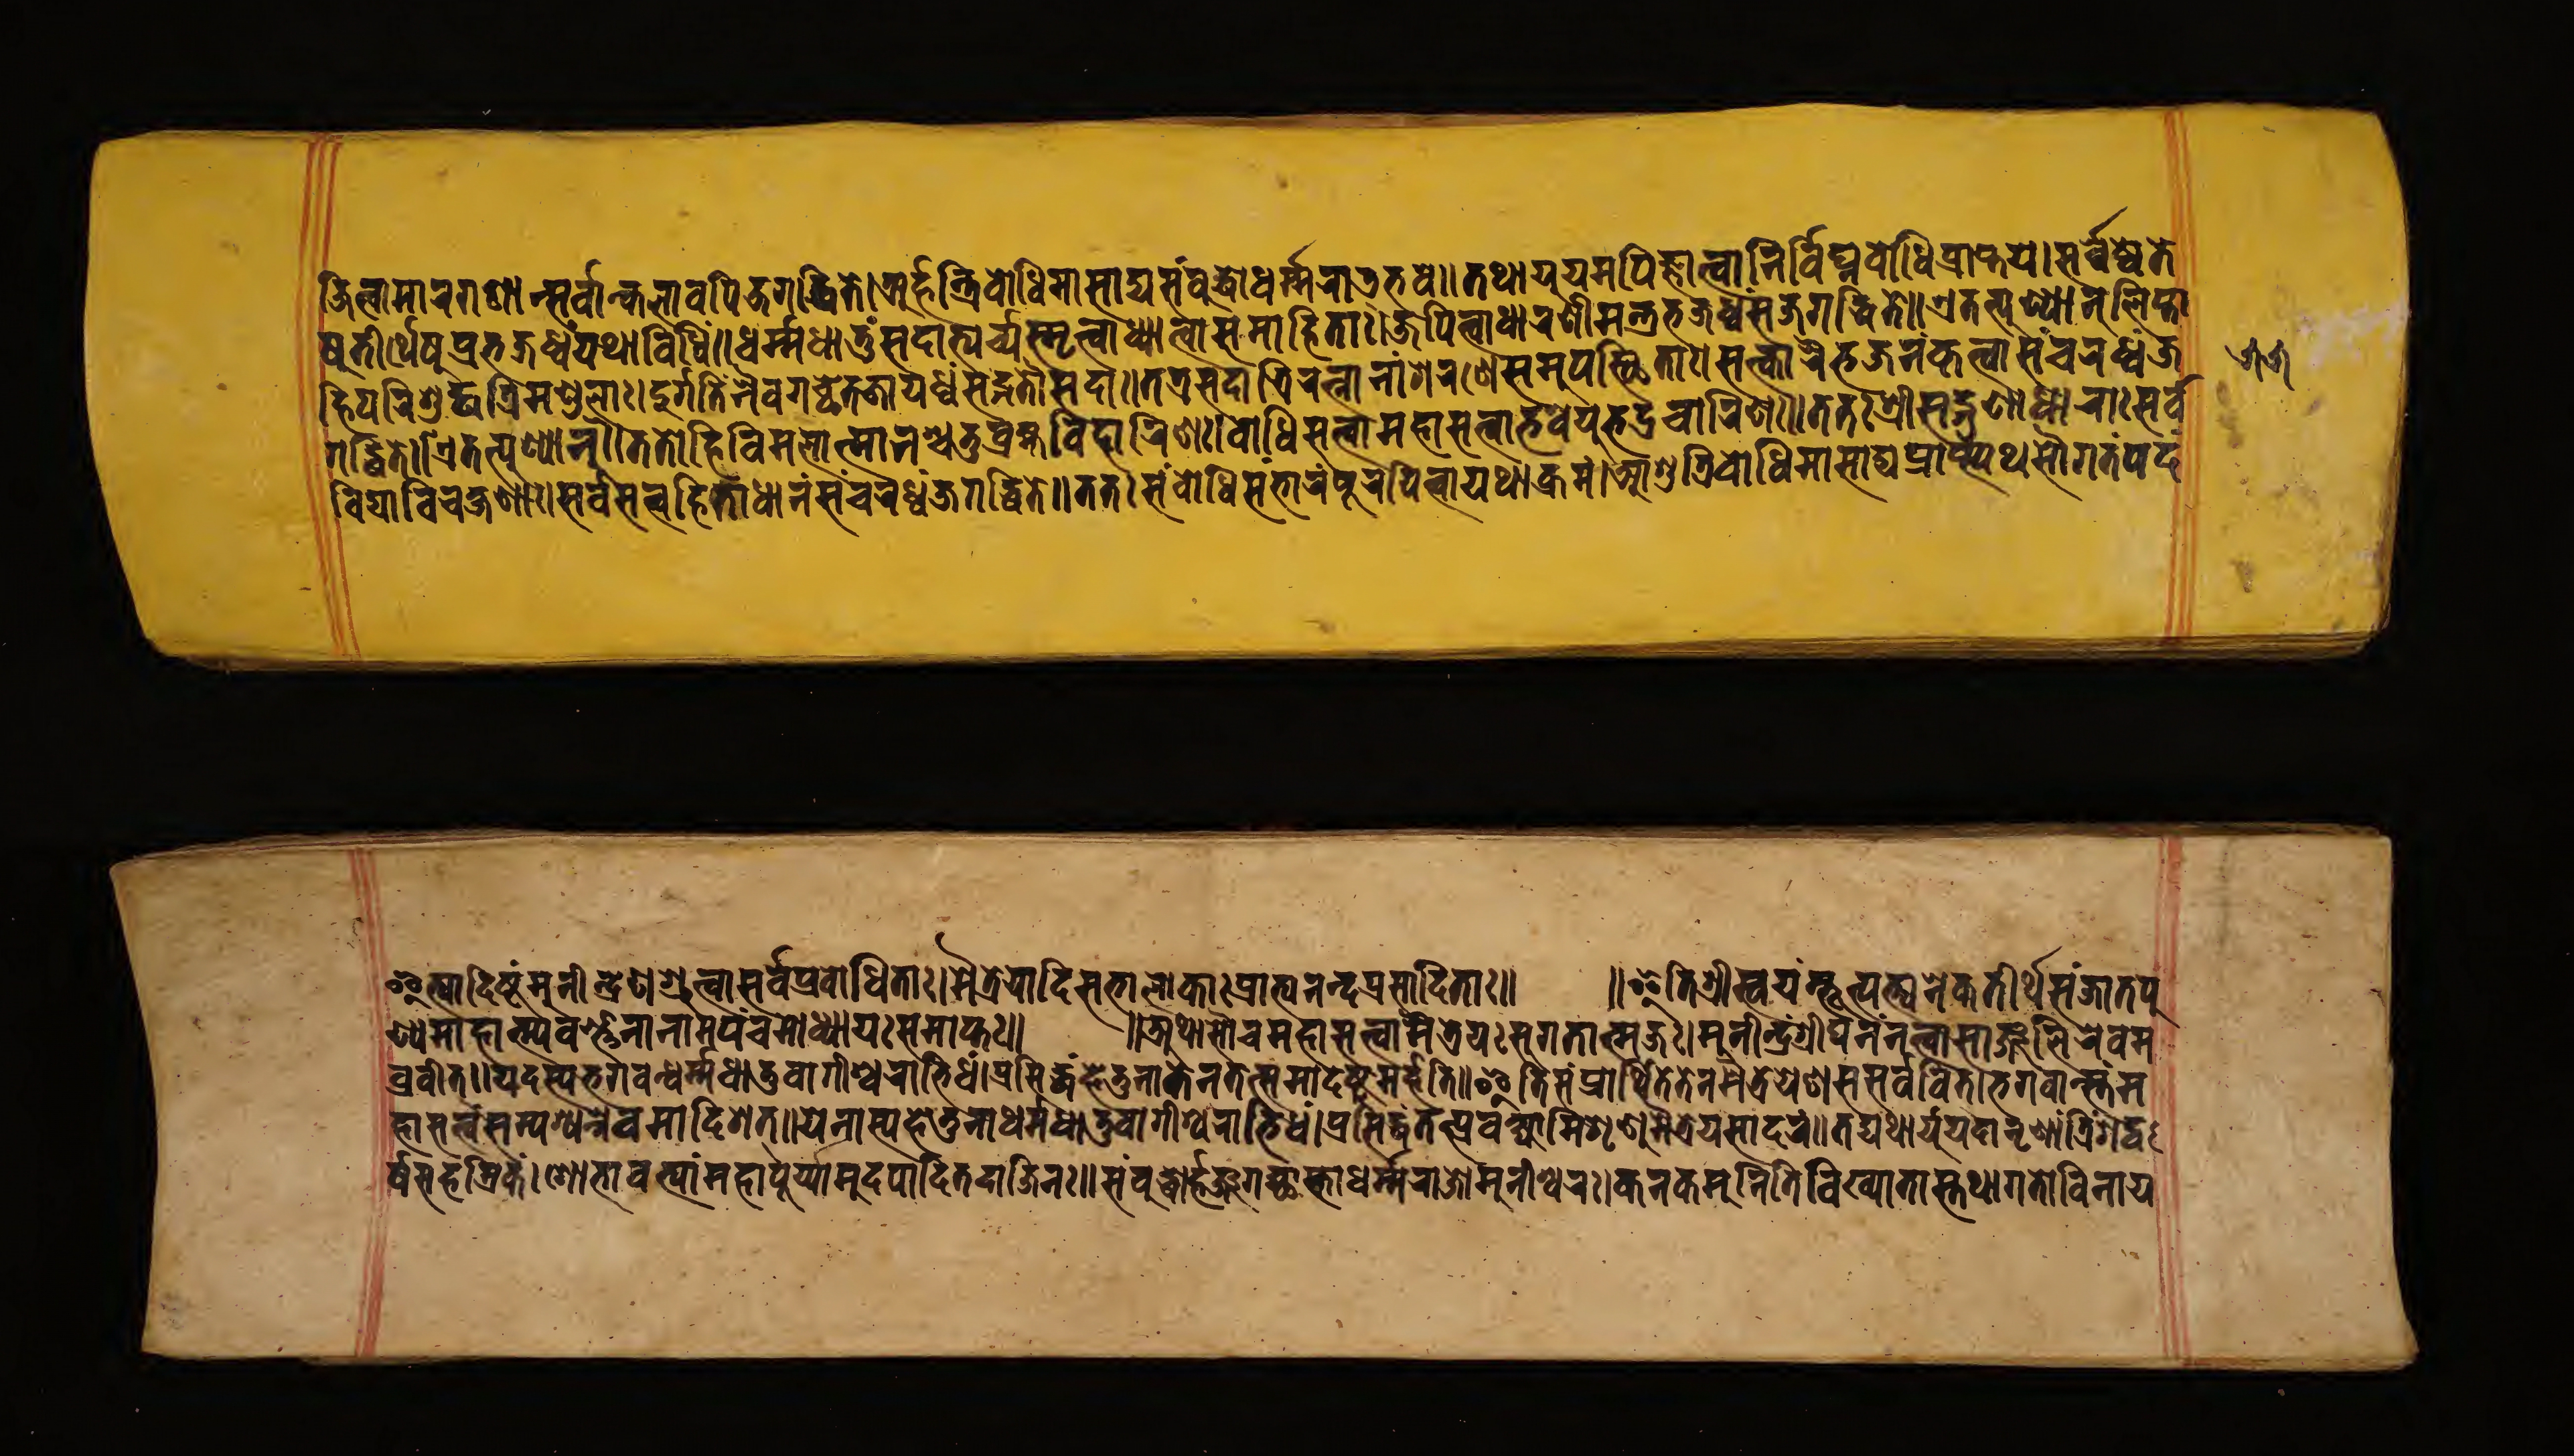
𑐖𑐶𑐟𑑂𑐰𑐵𑐩𑐵𑐬𑐐𑐞𑐵𑐣𑑂𑐳𑐬𑑂𑐰𑐵𑐣𑑂𑐎𑐮𑐵𑐰𑐥𑐶𑐖𑐐𑐡𑑂𑐢𑐶𑐟𑐾।𑐟𑑂𑐬𑐰𑐶𑐢𑐧𑑀𑐢𑐶𑐩𑐵𑐳𑐵𑐡𑑂𑐫𑐳𑑄𑐧𑐸𑐡𑑂𑐢𑑀𑐢𑐬𑑂𑐩𑑂𑐩𑐬𑐵𑐟𑑂𑐨𑐸𑐰𑐾॥𑐠𑐸𑐫𑐩𑐥𑐶𑐖𑑂𑐘𑐵𑐟𑑂𑐰𑐵𑐣𑐶𑐰𑐶𑐑𑑂𑐣𑐧𑑀𑐢𑐶𑐥𑑂𑐬𑐵𑐥𑑂𑐟𑐫𑐾।𑐳𑐬𑑂𑐰𑐾𑐲𑐸𑐟𑐾 𑐲𑐸𑐟𑐷𑐬𑑂𑐠𑐾𑐲𑐸𑐥𑑂𑐬𑐰𑐢𑑂𑐰𑑄𑐫𑐠𑐵𑐰𑐶𑐢𑐶𑑅॥𑐢𑐬𑑂𑐩𑑂𑐩𑐢𑐵𑐟𑐸𑑄𑐳𑐡𑐵𑐨𑑂𑐫𑐬𑑂𑐔𑑂𑐫𑐳𑑂𑐩𑐺𑐟𑑂𑐰𑐵𑐢𑑂𑐫𑐵𑐟𑑂𑐰𑐵𑐳𑐩𑐵𑐴𑐶𑐟𑐵𑑅।𑐖𑐥𑐶𑐟𑑂𑐰𑐵𑐢𑐵𑐬𑐞𑐷𑐩𑐣𑑂𑐟𑑂𑐬𑑄𑐳𑑄𑐨𑐖𑐢𑑂𑐰𑑄𑐖𑐐𑐡𑑂𑐢𑐶𑐟𑐾॥𑐊𑐟𑐟𑑂𑐥𑐸𑐞𑑂𑐫𑐵𑐣𑑂𑐮𑐶𑐥𑑂𑐟𑐵 𑐴𑐶𑐥𑐬𑐶𑐱𑐸𑐡𑑂𑐢𑐟𑑂𑐬𑐶𑐩𑐞𑑂𑐜𑐮𑐵𑑅॥𑐡𑐸𑐬𑑂𑐐𑑂𑐐𑐟𑐶𑐣𑑂𑐣𑐿𑐰𑐐𑐕𑐾𑐟𑐖𑐵𑐫𑐢𑑂𑐰𑑄𑐳𑑄𑐡𑑂𑐐𑐟𑑁𑐳𑐡𑐵॥𑐟𑐟𑑂𑐬𑐳𑐡𑐵𑐟𑑂𑐬𑐶𑐬𑐟𑑂𑐣𑐵𑐣𑑀𑐱𑐬𑐞𑐾𑐳𑐩𑐸𑐥𑐳𑑂𑐠𑐶𑐟𑐵𑑅।𑐳𑐟𑑂𑐎𑐵𑐬𑐿𑐬𑑂𑐨𑐖𑐣𑐎𑐺𑐟𑑂𑐰𑐵𑐳𑑄𑐔𑐬𑐢𑑂𑐰𑑄𑐖 𑐐𑐡𑑂𑐢𑐶𑐟𑐾॥𑐟𑐾𑐲𑐵𑑄𑐴𑐶𑐰𑐶𑐩𑐮𑐵𑐟𑑂𑐩𑐵𑐣𑐱𑑂𑐔𑐟𑐸𑐬𑑂𑐧𑑂𑐬𑐴𑑂𑐩𑐰𑐶𑐴𑐵𑐬𑐶𑐞𑑅।𑐧𑑀𑐢𑐶𑐳𑐟𑑂𑐟𑑂𑐰𑐵𑐩𑐴𑐵𑐳𑐟𑑂𑐟𑑂𑐰𑐵𑐨𑐰𑐾𑐫𑐸𑐨𑐡𑑂𑐬𑐔𑐵𑐬𑐶𑐞𑑅॥𑐟𑐟𑑅𑐱𑑂𑐬𑐷𑐳𑐡𑑂𑐐𑐸𑐞𑐵𑐢𑐵𑐬𑐵𑑅𑐳𑐬𑑂𑐰 𑐰𑐶𑐡𑑂𑐫𑐵𑐰𑐶𑐔𑐎𑑂𑐲𑐞𑐵𑑅।𑐳𑐬𑑂𑐰𑐳𑐟𑑂𑐟𑑂𑐰𑐵𑐴𑐶𑐟𑐵𑐢𑐵𑐣𑑄𑐳𑑄𑐔𑐬𑐢𑑂𑐰𑐖𑐐𑐡𑑂𑐢𑐶𑐟𑐾॥𑐟𑐟𑑅𑐳𑑄𑐧𑑀𑐢𑐶𑑄𑐳𑑄𑐨𑐵𑐬𑑄𑐥𑐹𑐬𑐫𑐶𑐟𑑂𑐰𑐵𑐫𑐠𑐵𑐎𑑂𑐬𑐩𑑄।𑐁𑐱𑐸𑐟𑑂𑐬𑐶𑐧𑑀𑐢𑐶𑐩𑐵𑐳𑐵𑐡𑑂𑐫𑐥𑑂𑐬𑐵𑐥𑑂𑐳𑑂𑐫𑐠𑐳𑑁𑐐𑐟𑑄𑐥𑐡𑑄 𑐧𑑂𑐬𑐰𑐷𑐟𑑂॥𑐫𑐡𑐳𑑂𑐫𑐨𑐐𑐰𑐣𑑂𑐢𑐬𑑂𑐩𑑂𑐩𑐢𑐵𑐟𑐸𑐰𑐵𑐐𑐷𑐱𑑂𑐰𑐬𑐵𑐨𑐶𑐢𑑄।𑐥𑑂𑐬𑐳𑐶𑐡𑑂𑐢𑐴𑐾𑐟𑐸𑐣𑐵𑐎𑐾𑐣𑐟𑐟𑑂𑐳𑐩𑐵𑐡𑐾𑐲𑑂𑐚𑐸𑐩𑐬𑑂𑐴𑐟𑐶॥𑐂𑐟𑐶𑐳𑑄𑐥𑑂𑐬𑐵𑐬𑑂𑐠𑐶𑐟𑐾𑐟𑐾𑐣𑑅𑐩𑐿𑐟𑑂𑐬𑐾𑐫𑐾𑐞𑐳𑐳𑐬𑑂𑐰𑐰𑐶𑐟𑑂।𑐨𑐐𑐰𑐵𑐣𑑂𑐳𑑂𑐟𑑄𑐩 𑐴𑐵𑐳𑐟𑑂𑐟𑑂𑐰𑑄𑐳𑑄𑐥𑐱𑑂𑐫𑐣𑑂𑐣𑐶𑐡𑐩𑐵𑐡𑐶𑐱𑐟𑑂॥𑐫𑐾𑐣𑐵𑐳𑑂𑐫𑐴𑐾𑐟𑐸𑐣𑐵𑐢𑐬𑑂𑐩𑑂𑐩𑐢𑐵𑐟𑐸𑐰𑐵𑐐𑐷𑐱𑑂𑐰𑐬𑐵𑐨𑐶𑐢𑑄।𑐥𑑂𑐬𑐳𑐶𑐡𑑂𑐢𑐶𑑄𑐟𑐟𑑂𑐥𑑂𑐬𑐰𑐎𑑂𑐲𑐵𑐩𑐶𑐱𑐺𑐞𑐸𑐩𑐿𑐟𑑂𑐬𑐾𑐫𑐳𑐵𑐡𑐬𑑄॥𑐟𑐡𑑂𑐫𑐠𑐵𑐫𑐸𑐬𑑂𑐫𑐡𑐵𑐣𑐺𑐞𑐵𑑄𑐟𑑂𑐬𑐶𑑄𑐱𑐡𑑂𑐰 𑐂𑐟𑑂𑐫𑐵𑐡𑐶𑐲𑑂𑐚𑑄𑐩𑐸𑐣𑐷𑐣𑑂𑐡𑑂𑐬𑐾𑐞𑐱𑑂𑐬𑐸𑐟𑑂𑐰𑐵𑐳𑐬𑑂𑐰𑐾𑐥𑑂𑐬𑐰𑑀𑐢𑐶𑐟𑐵𑑅।𑐩𑐿𑐟𑑂𑐬𑐾𑐫𑐵𑐡𑐶𑐳𑐨𑐵𑐮𑑀𑐎𑐵𑑅𑐥𑑂𑐬𑐵𑐥𑑂𑐫𑐣𑐣𑑂𑐡𑐥𑑂𑐬𑐰𑑀𑐢𑐶𑐟𑐵𑑅॥ ॥𑐂𑐟𑐶𑐱𑑂𑐬𑐷𑐳𑑂𑐰𑐫𑑄𑐨𑐹𑐳𑐩𑐸𑐟𑑂𑐥𑐟𑑂𑐟𑐶𑐎𑐠𑐵𑐫𑐵𑑄𑐀𑐣𑐾𑐎𑐟𑐷𑐬𑑂𑐠𑐳𑑄𑐖𑐵𑐟𑐥𑐸 𑐞𑑂𑐫𑐩𑐴𑐵𑐟𑑂𑐩𑑂𑐫𑐰𑐬𑑂𑐞𑐣𑑀𑐣𑐵𑐩𑐥𑐘𑑂𑐔𑐩𑑀𑐢𑑂𑐫𑐵𑐫𑑅𑐳𑐩𑐵𑐥𑑂𑐟𑑅॥ ॥𑐀𑐠𑐵𑐳𑑁𑐔𑐩𑐴𑐵𑐳𑐟𑑂𑐟𑑂𑐰𑑀𑐩𑐿𑐟𑑂𑐬𑐾𑐫𑑅𑐳𑐸𑐐𑐟𑐵𑐟𑑂𑐩𑐖𑑅।𑐩𑐸𑐣𑐷𑐣𑑂𑐡𑑂𑐬𑑄𑐱𑑂𑐬𑐷𑐑𑐣𑑄𑐣𑐟𑑂𑐰𑐵𑐳𑐵𑐘𑑂𑐖𑐮𑐶𑐬𑐾𑐰𑐩 𑐬𑑂𑐲𑐳𑐴𑐳𑑂𑐬𑐶𑐎𑑄।𑐱𑑀𑐨𑐵𑐰𑐟𑑂𑐫𑐵𑑄𑐩𑐴𑐵𑐥𑐹𑐬𑑂𑐫𑐵𑐩𑐸𑐡𑐥𑐵𑐡𑐶𑐟𑐡𑐵𑐖𑐶𑐣𑑅॥𑐳𑑄𑐧𑐸𑐡𑑂𑐢𑑀𑐬𑑂𑐴𑐘𑑂𑐖𑐐𑐔𑑂𑐕𑐵𑐳𑑂𑐟𑐵𑐢𑐬𑑂𑐩𑑂𑐩𑐬𑐵𑐖𑑀𑐩𑐸𑐣𑐷𑐱𑑂𑐰𑐬𑑅।𑐎𑐣𑐎𑐩𑐸𑐣𑐷𑐬𑐶𑐟𑑂𑐫𑐵𑐏𑑂𑐫𑐵𑐳𑑂𑐟𑐠𑐵𑐐𑐟𑑀𑐰𑐶𑐣𑐵𑐫 𑑕𑑕